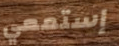
إستمعي